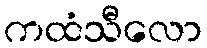
ကထံသီလော